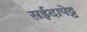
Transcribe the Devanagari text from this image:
सईदापेट्ट